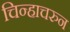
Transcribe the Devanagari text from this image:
चिन्हाचरुन